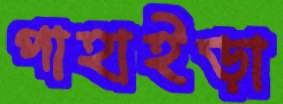
পাহাইড়া